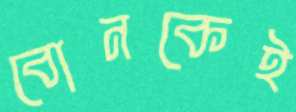
বোনকেই